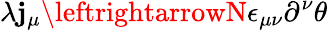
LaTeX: \lambda\mathbf{j}_{\mu}\leftrightarrowN\epsilon_{\mu\nu}\partial^{\nu}\theta